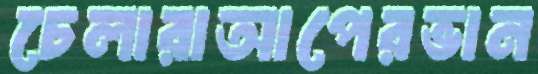
চেলারাআপেরভান